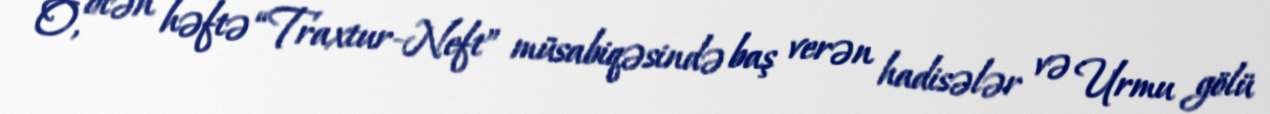
O, ötən həftə “Traxtur-Neft” müsabiqəsində baş verən hadisələr və Urmu gölü